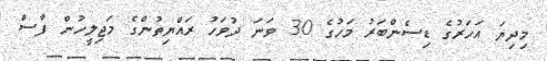
މިދިޔަ އަހަރުގެ ޑިސެންބަރު މަހުގެ 30 ވަނަ ދުވަހު ރައްޔިތުންގެ މަޖިލީހުން ފާސް